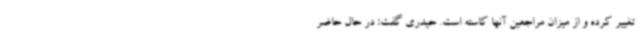
تغییر کرده و از میزان مراجعین آنها کاسته است. حیدری گفت: در حال حاضر